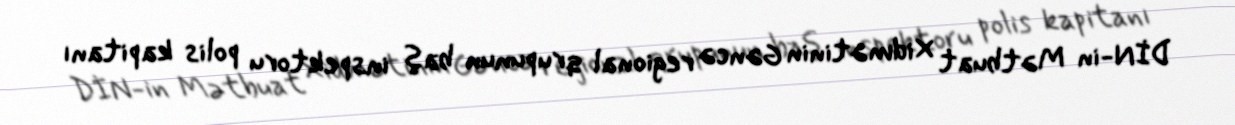
DİN-in Mətbuat Xidmətinin Gəncə regional qrupunun baş inspektoru polis kapitanı